Annual report of the Punjab Veterinary College and of the Civil Veterinary Department, Punjab - 1920-1925
Year: 1920
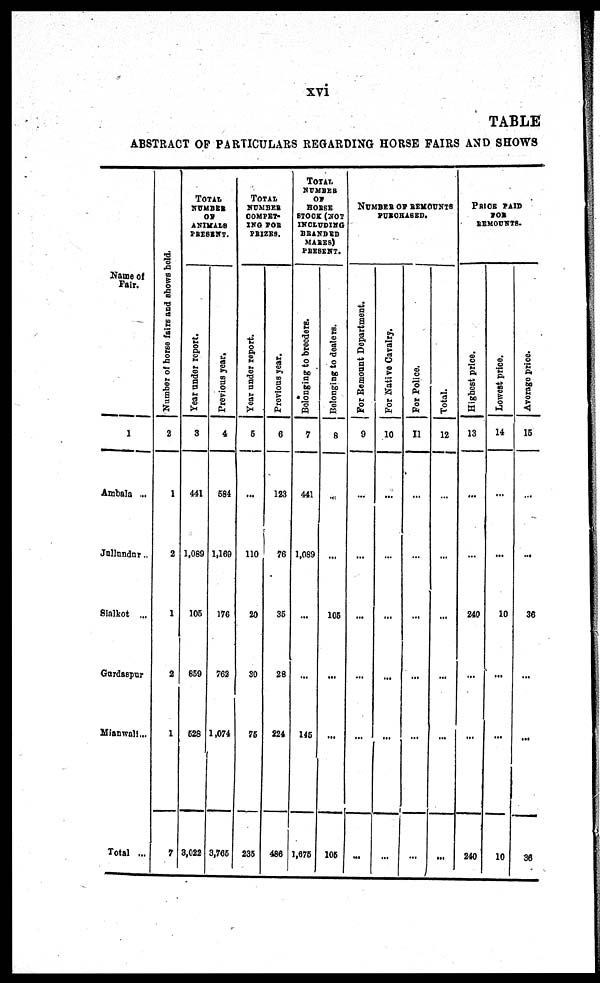
xvi
TABLE
ABSTRACT OF PARTICULARS REGARDING HORSE FAIRS AND SHOWS
Name of
Fai r.
1
Ambal a ...
Jul l undur ...
Si al kot ...
Gurdaspur
Mi anwal l . . .
Total ...
Nu mb e
r of hor s e f ai r s a n d s h o w s hel d.
2
1
2
1
2
1
7
TOTAL
NUMBER
OF
ANI MALS
PRESENT.
Ye a r under report.
3
441
1, 089
105
859
528
3, 022
Pr e vious year.
4
584
1, 169
176
762
1, 074
3, 765
TOTAL
NUMBER
COMPET-
I NG FOR
PRIZES.
Ye a r under report.
5
...
110
20
30
75
235
Pr e vious year.
6
123
76
35
28
224
486
TOTAL
NUMBER
OF
HORSE
STOCK (
NOT
I NCLUDI NG
BRANDED
MARES)
PRESENT.
Belonging t o br e e de r
s .
7
441
1, 089
...
...
145
1, 675
Belonging t o deal er s .
8
...
...
105
...
...
105
NUMBER OF REMOUNTS
PURCHASED.
For Re mo u n t De p a r
tme n t.
9
...
...
...
...
...
...
For Na t
i
ve Ca va l
r
y.
10
...
...
...
...
...
...
For Pol i
ce.
11
...
...
...
...
...
...
Tot al .
12
...
...
...
...
...
...
PRICE PAID
FOR
BEMOUNTS.
Highest price.
13
...
...
240
...
...
240
Lo we s
t price.
14
...
...
10
...
10
Av e r
a g e price.
15
...
...
36
...
...
36